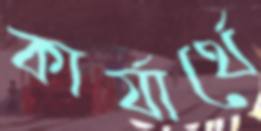
কার্যার্থে